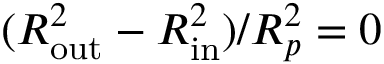
( R _ { \mathrm { o u t } } ^ { 2 } - R _ { \mathrm { i n } } ^ { 2 } ) / R _ { p } ^ { 2 } = 0